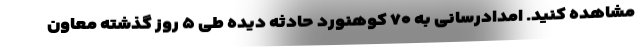
مشاهده کنید. امدادرسانی به ۷۰ کوهنورد حادثه دیده طی ۵ روز گذشته معاون